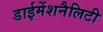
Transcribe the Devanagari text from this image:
डाईमेंशनैलिटी